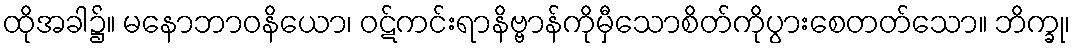
ထိုအခါ၌။ မနောဘာဝနိယော၊ ဝဋ်ကင်းရာနိဗ္ဗာန်ကိုမှီသောစိတ်ကိုပွားစေတတ်သော။ ဘိက္ခု၊